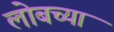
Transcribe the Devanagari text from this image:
लोबच्या